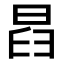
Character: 𣆵